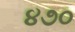
૪૭૦